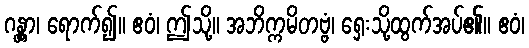
ဂန္တွာ၊ ရောက်၍။ ဧဝံ၊ ဤသို့။ အဘိက္ကမိတဗ္ဗံ၊ ရှေးသို့ထွက်အပ်၏။ ဧဝံ၊